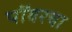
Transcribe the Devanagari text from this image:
पॉवरचा